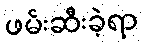
ဖမ်းဆီးခဲ့ရာ